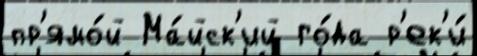
пр'ямо́й Ма́йск'ий го́да р'ек'и́